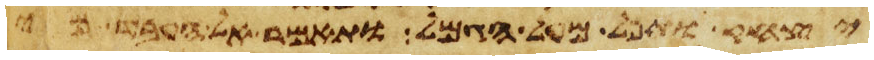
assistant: יצחק ותפל מעל הגמל ותאמר אל העבד מי